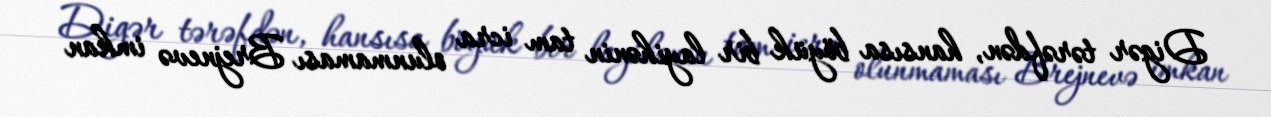
Digər tərəfdən, hansısa böyük bir layihənin tam icra olunmaması Brejnevə imkan